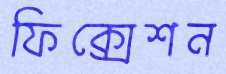
ফিক্সেশন